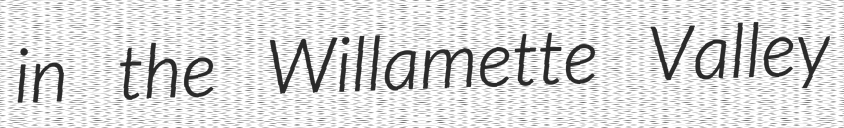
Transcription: in the Willamette Valley